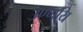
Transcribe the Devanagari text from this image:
उण्णयि